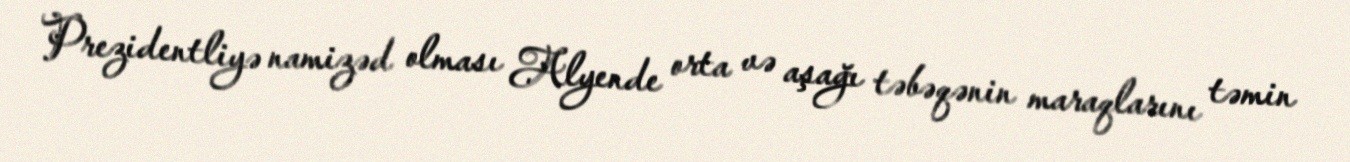
Prezidentliyə namizəd olması Alyende orta və aşağı təbəqənin maraqlarını təmin